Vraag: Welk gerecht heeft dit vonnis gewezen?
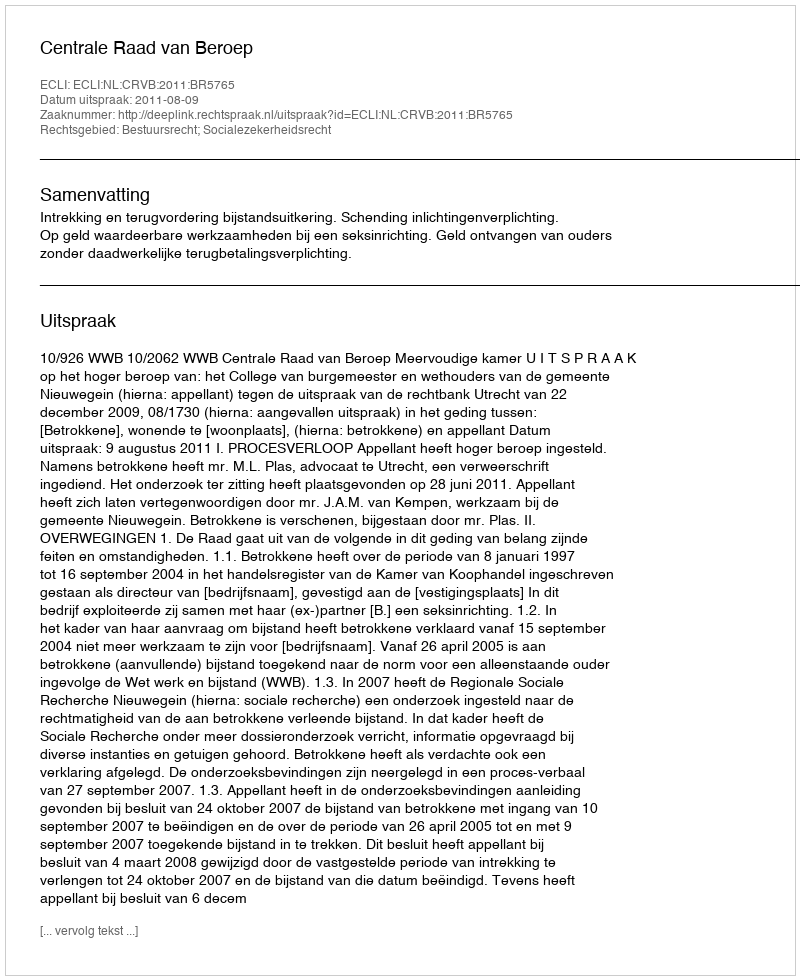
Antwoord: Centrale Raad van Beroep